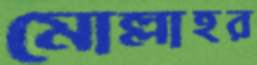
মোল্লাহর